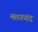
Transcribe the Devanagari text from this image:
मतगयंद